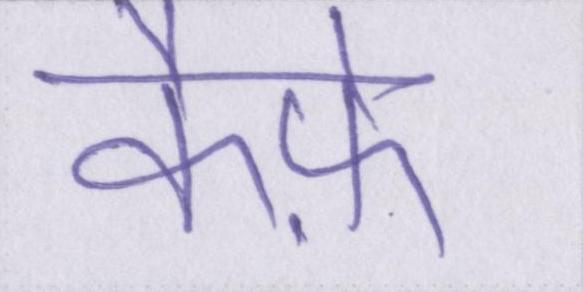
कैफ़े